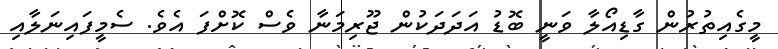
މީގެއިތުރުން ގާޑިއޯލާ ވަނީ ބޮޑު އަދަދަކުން ޖޫރިމަނާ ވެސް ކޮށްފަ އެވެ. ސެމީފައިނަލާއި